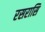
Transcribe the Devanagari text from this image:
रसरासि